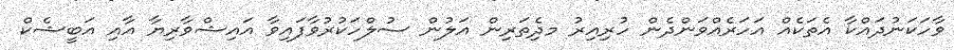
ވާހަކަނުދައްކާ އެތަކެއްް އަހަރެއްވަންދެން ހުރިއިރު މދިެތަރިން އަލުން ސުލްހަކުރުވާފައިވާ އައިޝްވާރިޔާ އާއި އަބީޝެކް